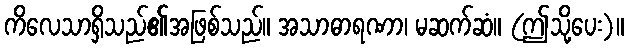
ကိလေသာရှိသည်၏အဖြစ်သည်။ အသာဓာရဏာ၊ မဆက်ဆံ။ (ဤသို့ပေး)။